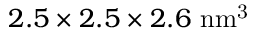
2 . 5 \times 2 . 5 \times 2 . 6 ~ \mathrm { n m ^ { 3 } }